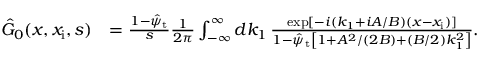
\begin{array} { r l } { \hat { G } _ { 0 } ( x , x _ { \mathrm { i } } , s ) } & { = \frac { 1 - \hat { \psi } _ { \mathrm { t } } } { s } \frac { 1 } { 2 \pi } \int _ { - \infty } ^ { \infty } d k _ { 1 } \, \frac { \exp [ - i ( k _ { 1 } + i A / B ) ( x - x _ { \mathrm { i } } ) ] } { 1 - \hat { \psi } _ { \mathrm { t } } \left[ 1 + A ^ { 2 } / ( 2 B ) + ( B / 2 ) k _ { 1 } ^ { 2 } \right] } . } \end{array}